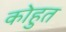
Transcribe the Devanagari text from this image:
कोहुत